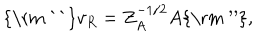
{ \mathrm { \mathrm { ~ ` ` } } } v _ { R } = Z _ { A } ^ { - 1 / 2 } A { \mathrm { \mathrm { ~ ^ { \prime \prime } } } } ,